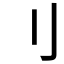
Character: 刂